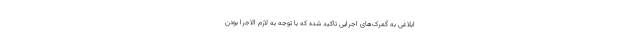
ابلاغی به گمرک‌های اجرایی تاکید شده که با توجه به لازم الاجرا بودن